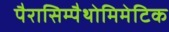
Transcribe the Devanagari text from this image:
पैरासिम्पैथोमिमेटिक